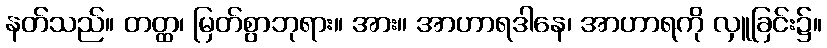
နတ်သည်။ တတ္ထ၊ မြတ်စွာဘုရား။ အား။ အာဟာရဒါနေ၊ အာဟာရကို လှူခြင်း၌။